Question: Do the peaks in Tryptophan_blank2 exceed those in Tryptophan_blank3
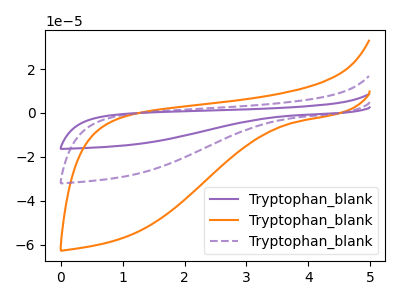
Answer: <think>The purple curve "Tryptophan_blank1" has no peaks. The orange curve "Tryptophan_blank2" has no peaks. The purple dashed curve "Tryptophan_blank3" has no peaks.</think>
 <answer>Niether CV has any peaks.</answer>
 <eval>blanks</eval>